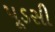
પૂડસી